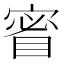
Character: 䁇